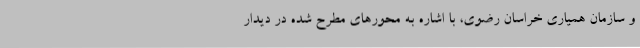
و سازمان همیاری خراسان رضوی، با اشاره به محورهای مطرح شده در دیدار